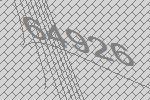
64926